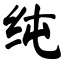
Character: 纯